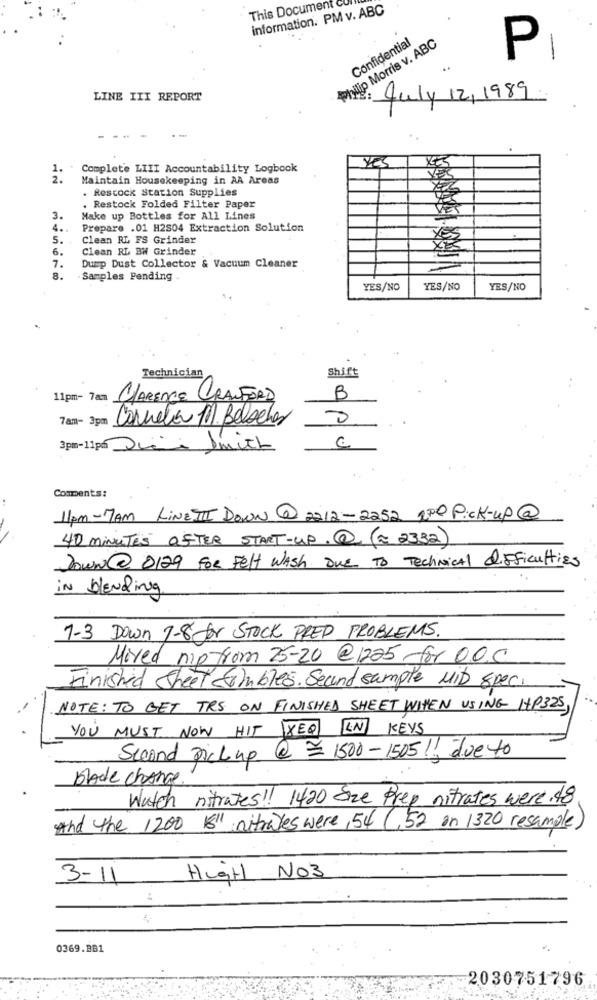
This Document Cui
information. PM v. ABC
Philip Morris v. ABC
Confidential
P
LINE III REPORT
July 12,1989
YES
1. . Complete LIII Accountability Logbook
2.
Maintain Housekeeping in AA Areas
. Restock Station Supplies
. Restock Folded Filter Paper
3.
Make up Bottles for All Lines
4 ..
Prepare .01 H2804 Extraction Solution
5.
Clean RL FS Grinder
6.
Clean RL BW Grinder
7.
Dump Dust Collector & Vacuum Cleaner
1
8.
Samples Pending
YES/NO
YES/NO
YES/NO
Shift
Technician
11pm- 7am
CLARENCE CRANFORD
B
7am- 3pm
Carneta 11. Bolachas
3pm-11pm
Comments:
11pm -7AM LiNEI Down @ 2212-2252 APP Pick-up@
40 minutes OFTER START-UP. @ ( ~ 2332)
Down @ 0129 for Felt Wash Due To Technical difficulties
in blending
7-3 Down 7-8 fr STOCK PRED PROBLEMS.
Moved nip from 25-20 @ 1225 for 00.0
Finished sheet combles. Seund sample MID Spec.
NOTE: TO GET TRE ON FINISHED SHEET WHEN USING HP325,
YOU MUST NOW HIT YEQ IN KEYS
Scoand Pick up @ 1500-1505! due to
Blade change
Watch nitrates !! 1420 Size Prep nitrates were . 48
And the 1200 5' nitrates were, 54 (,52 on 1320 resample)
3-11
High No3
0369.BB1
2030751796